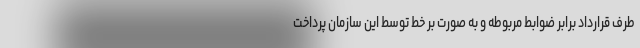
طرف قرارداد برابر ضوابط مربوطه و به صورت بر خط توسط این سازمان پرداخت